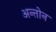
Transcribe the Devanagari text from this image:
अन्तोन